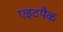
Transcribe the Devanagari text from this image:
एइटपैक